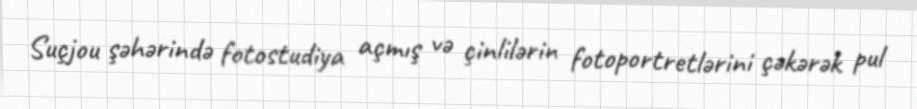
Suçjou şəhərində fotostudiya açmış və çinlilərin fotoportretlərini çəkərək pul